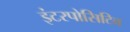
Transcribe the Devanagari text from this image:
इंटरपोसिटिव